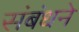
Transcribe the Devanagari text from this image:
संबंधने